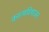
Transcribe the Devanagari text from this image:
काव्यविभाजन